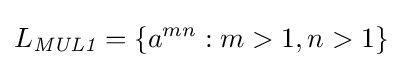
L_{\textit {MUL1}}=\{a^{mn}:m>1,n>1\}